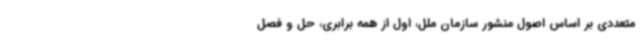
متعددی بر اساس اصول منشور سازمان ملل، اول از همه برابری، حل و فصل